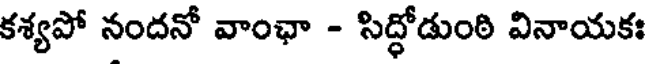
కశ్యపో నందనో వాంఛా - సిద్ధోడుంఠి వినాయకః